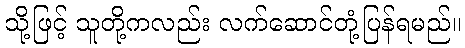
သို့ဖြင့် သူတို့ကလည်း လက်ဆောင်တုံ့ပြန်ရမည်။